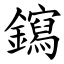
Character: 䥱